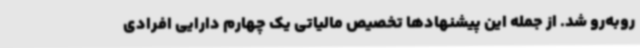
روبه‌رو شد. از جمله این پیشنهادها تخصیص مالیاتی یک چهارم دارایی افرادی